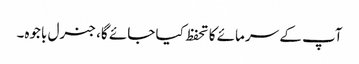
آپ کے سرمائے کا تحفظ کیا جائے گا، جنرل باجوہ۔